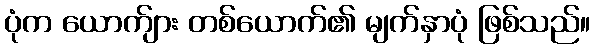
ပုံက ယောက်ျား တစ်ယောက်၏ မျက်နှာပုံ ဖြစ်သည်။